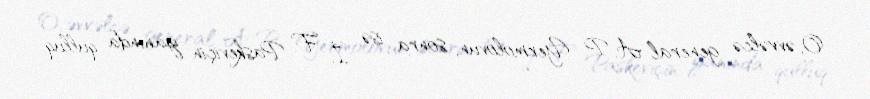
O, əvvəlcə general A. P. Yermolovun, sonra isə İ. F. Paskeviçin yanında qulluq